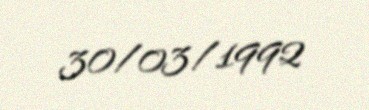
30/03/1992